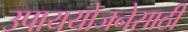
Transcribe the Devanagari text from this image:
उपाययोजनेसाठी